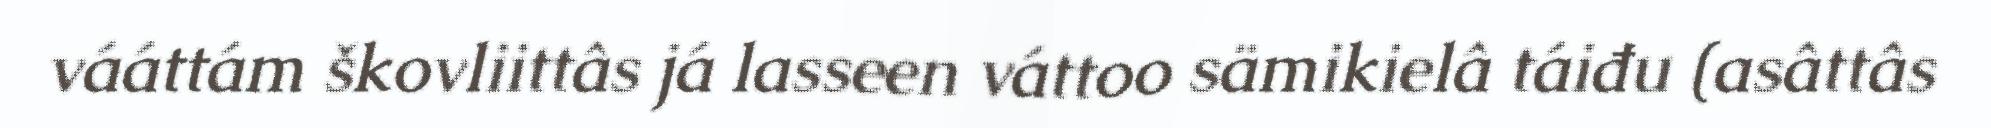
vááttám škovliittâs já lasseen váttoo sämikielâ táiđu (asâttâs